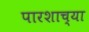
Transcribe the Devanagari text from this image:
पारशाच्या